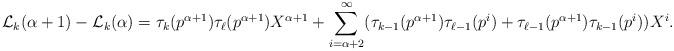
LaTeX: \begin{align*} \mathcal{L}_k(\alpha+1) - \mathcal{L}_k(\alpha) = \tau_k(p^{\alpha+1}) \tau_{\ell}(p^{\alpha+1})X^{\alpha+1} + \sum_{i=\alpha+2}^{\infty} (\tau_{k-1}(p^{\alpha+1}) \tau_{\ell-1}(p^i) + \tau_{\ell-1}(p^{\alpha+1}) \tau_{k-1}(p^i)) X^i.\end{align*}